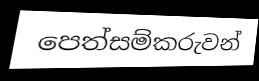
පෙත්සම්කරුවන්